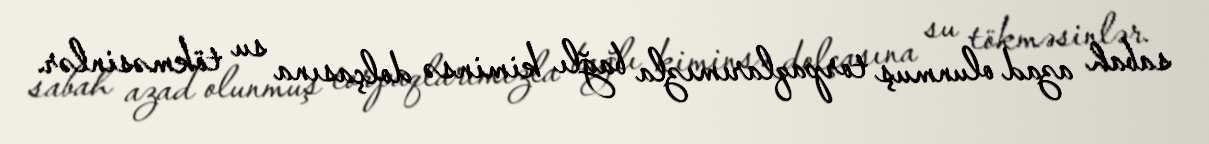
sabah azad olunmuş torpaqlarımızla bağlı kiminsə dolçasına su tökməsinlər.